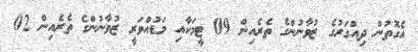
އެގޮތުން ދިއްގަރުގެ ޒުވާނުންގެ ތެރެއިން 09 ޓީމަކާއި މަޑުއްވަރީ ޒުވާނުންގެ ތެރެއިން 02